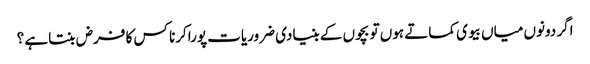
اگر دونوں میاں بیوی کماتے ہوں تو بچوں کے بنیادی ضروریات پوراکرنا کس کا فرض بنتاہے ؟